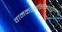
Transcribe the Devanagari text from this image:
वामकरसन्धिचतुष्केषु।